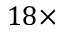
1 8 \times